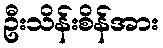
ဦးသိန်းစိန်အား